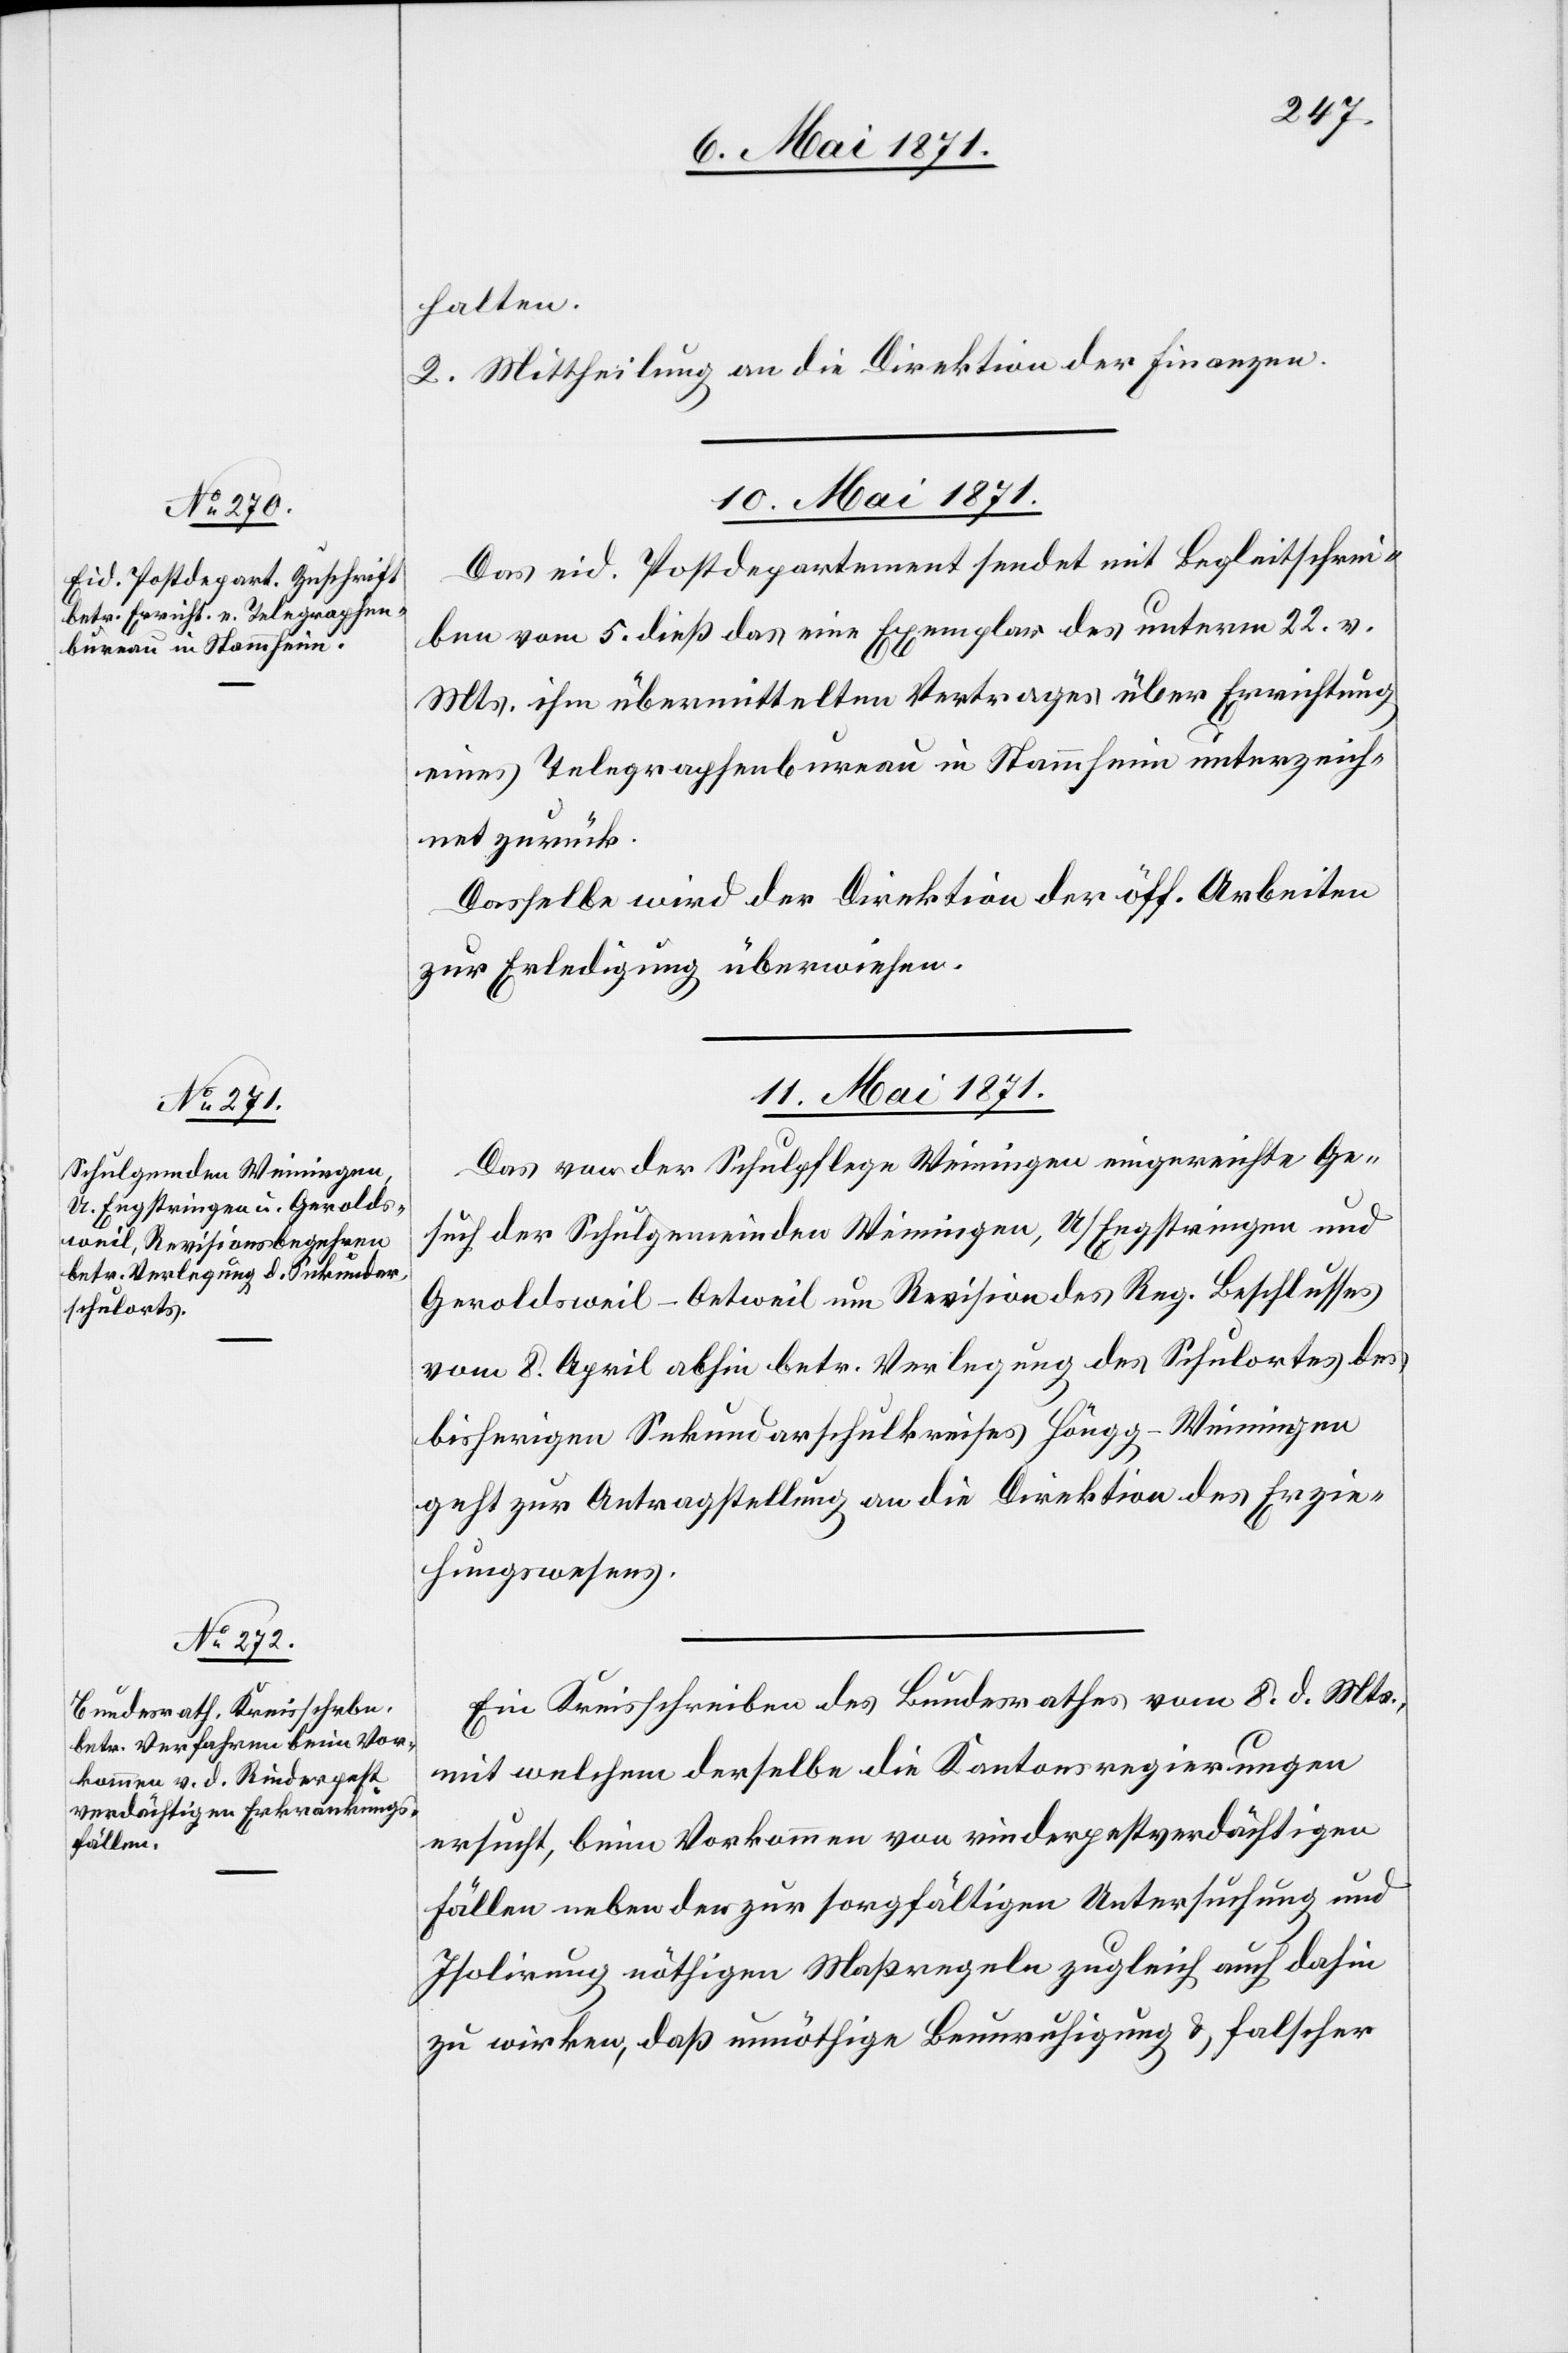
halten.
2. Mittheilung an die Direktion der Finanzen.
10. Mai 1871.
Das eid. Postdepartement sendet mit Begleitschrei¬
ben vom 5. dieß das eine Exemplar des unterm 22. v.
Mts. ihm übermittelten Vertrages über Errichtung
eines Telegraphenbureau in Stammheim unterzeich¬
net zurück.
Dasselbe wir der Direktion der öff. Arbeiten
zur Erledigung überwiesen.
11. Mai 1871.]
Das von der Schulpflege Weiningen eingereichte Ge¬
such der Schulgemeinde Weiningen, U/Engstringen und
Geroldsweil-Oetweil um Revision des Reg. Beschlusses
vom 8. April abhin betr. Verlegung des Schulortes des
bisherigen Sekundarschulkreises Höngg-Weiningen
geht zur Antragstellung an die Direktion des Erzie¬
hungswesens.
Ein Kreisschreiben des Bundesrathes vom 8. d. Mts.,
mit welchem derselbe die Kantonsregierungen
ersucht, beim Vorkommen von rinderpestverdächtigen
Fällen neben den zur sorgfältigen Untersuchung und
Isolirung nöthigen Maßregeln zugleich auch dahin
zu wirken, daß unnöthige Beunruhigung u. falscher